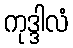
ကုဒ္ဒါလံ